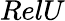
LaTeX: RelU